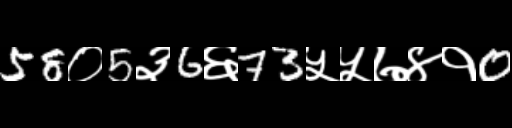
Text: 58०5३6६73५५७४१0